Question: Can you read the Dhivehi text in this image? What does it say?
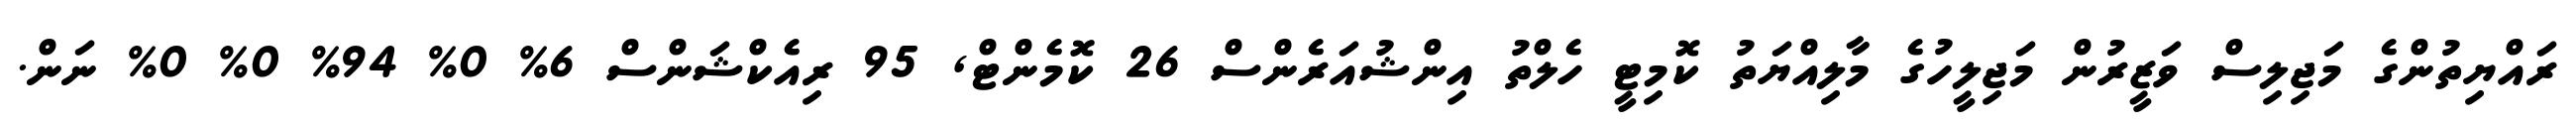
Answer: ރައްޔިތުންގެ މަޖިލިސް ވަޒީރުން މަޖިލީހުގެ މާލިއްޔަތު ކޮމިޓީ ހެލްތު އިންޝުއަރެންސް 26 ކޮމެންޓް, 95 ރިއެކްޝަންސް 6% 0% 94% 0% 0% ނަން.